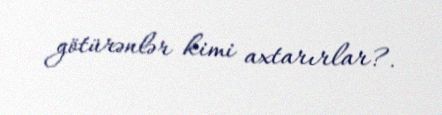
götürənlər kimi axtarırlar?.